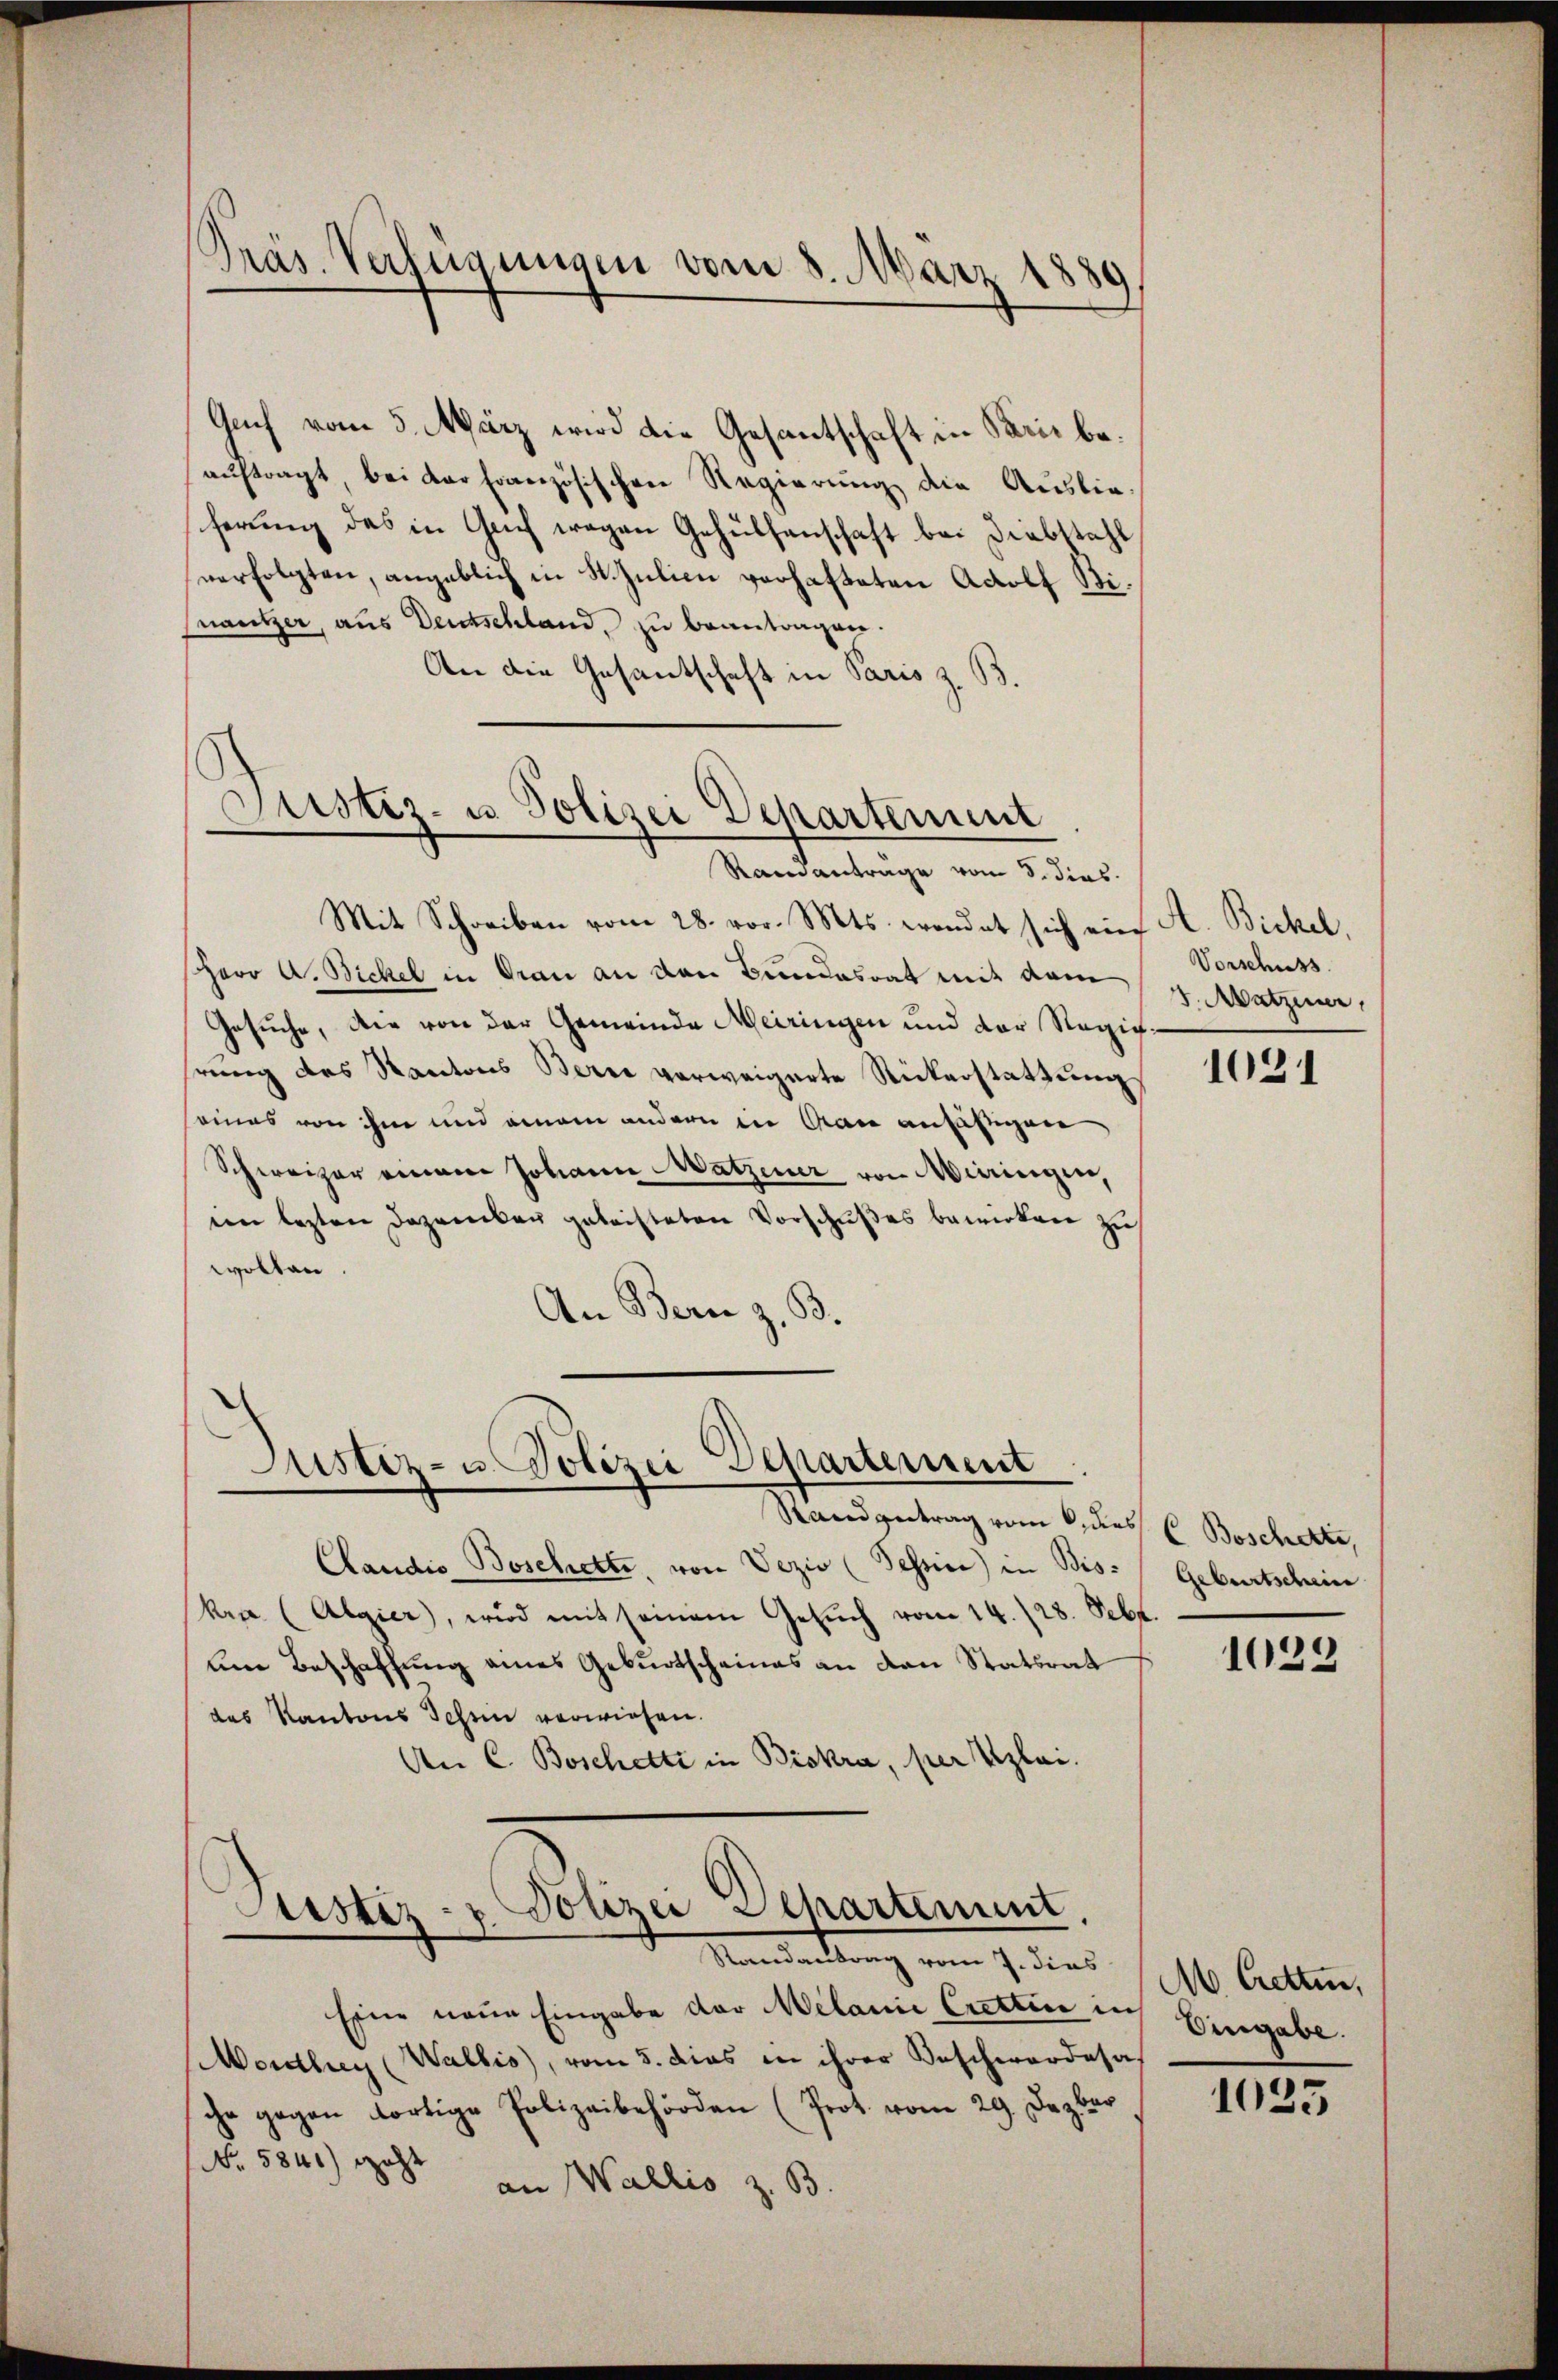
Präs. Verfügungen vom 8. März 1880

Guch vom 5. März wird die Gesantschaft in Paris beauftragt, bei der Französischen Regierung die Auslie-
ferung des in Glich wegen Gehülfenschaft bei Diebstahl
verfolgten, angeblich in St. Julien verhafteten Adolf Binautzer, aus Deutschland, zu beantragen.
An die Gesantschaft in Paris z. B.

Justiz- u. Polizei Departement

Randanträge vom 5. dies
Mit Schreiben vom 28. vor. Mts. wendet sich ein A. Bickel,
sherr A. Bickel in Grau an den Bundesrat mit dem
Gesuche, die von der Gemeinde Meiringen und der Regierung des Kantons Berne verweigerte Rickerstattung
seines von ihm und einem andern in Man ansäßigen
Schweizer einem Johann Watzener von Miningen,
ein lezten Dezember geleisteten Vorschŭβes bewirken zu
wolten
An Bern z. B.

Justiz- u. Polizei Departement

Stand getrag vom 6. des C. Beschette,
Candis Boschetti, von Vezio (Tessin in Bis- Geburtscheine
kra (Algier, wird mit seinem Gesŭch vom 14. 128. Seb.
um Beschaffung eines Geburtscheines an den Statsrat
das Kantons Schen verwiesen.
An C. Boschetti in Biskra, per Vizlai.

Justiz- & Polizei Departement.
Manstaltung vom 7. den

Eine neue Eingabe der Melanie Crettin ich Eingabe.
Mordhey (Wallis, vom 5. dies in ihrer Beschwerdesa
che gegen dortige Polizeibehörden (Prot. vom 29. Dezber
No. 5841) geht
an Wallis z. B.

Vorschuss
3. Matzimer,

1021

1029

M. Cetten,

1035